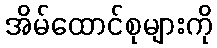
အိမ်ထောင်စုများကို